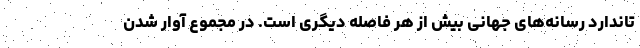
تاندارد رسانه‌های جهانی بیش از هر فاصله دیگری است. در مجموع آوار شدن